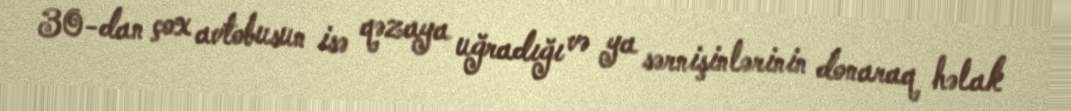
30-dan çox avtobusun isə qəzaya uğradığı və ya sərnişinlərinin donaraq həlak